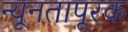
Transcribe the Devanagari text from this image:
न्यूनतापूरक